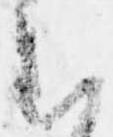
む